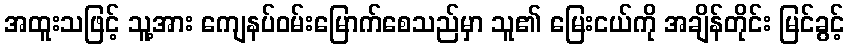
အထူးသဖြင့် သူ့အား ကျေနပ်ဝမ်းမြောက်စေသည်မှာ သူ၏ မြေးငယ်ကို အချိန်တိုင်း မြင်ခွင့်